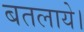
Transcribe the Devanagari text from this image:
बतलाये।